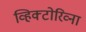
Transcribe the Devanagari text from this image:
व्हिक्टोरिव्ना